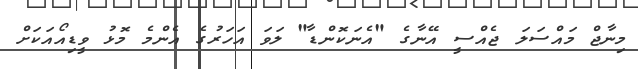
މިނާޖް މައްސަލަ ޖެއްސީ އޭނާގެ "އެނަކޮންޑާ" ލަވަ އަހަރުގެ އެންމެ މޮޅު ވީޑިއޯއަކަށް